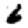
Digit: 6